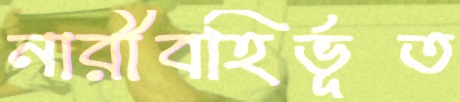
নারীবহির্ভূত